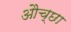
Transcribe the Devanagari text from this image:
औच्छा